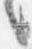
言